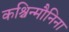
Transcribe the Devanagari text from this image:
कश्चिन्मौनिना